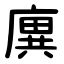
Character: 廙